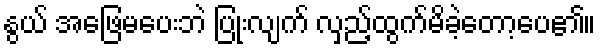
နွယ် အဖြေမပေးဘဲ ပြုံးလျက် လှည့်ထွက်မိခဲ့တော့ပေ၏။